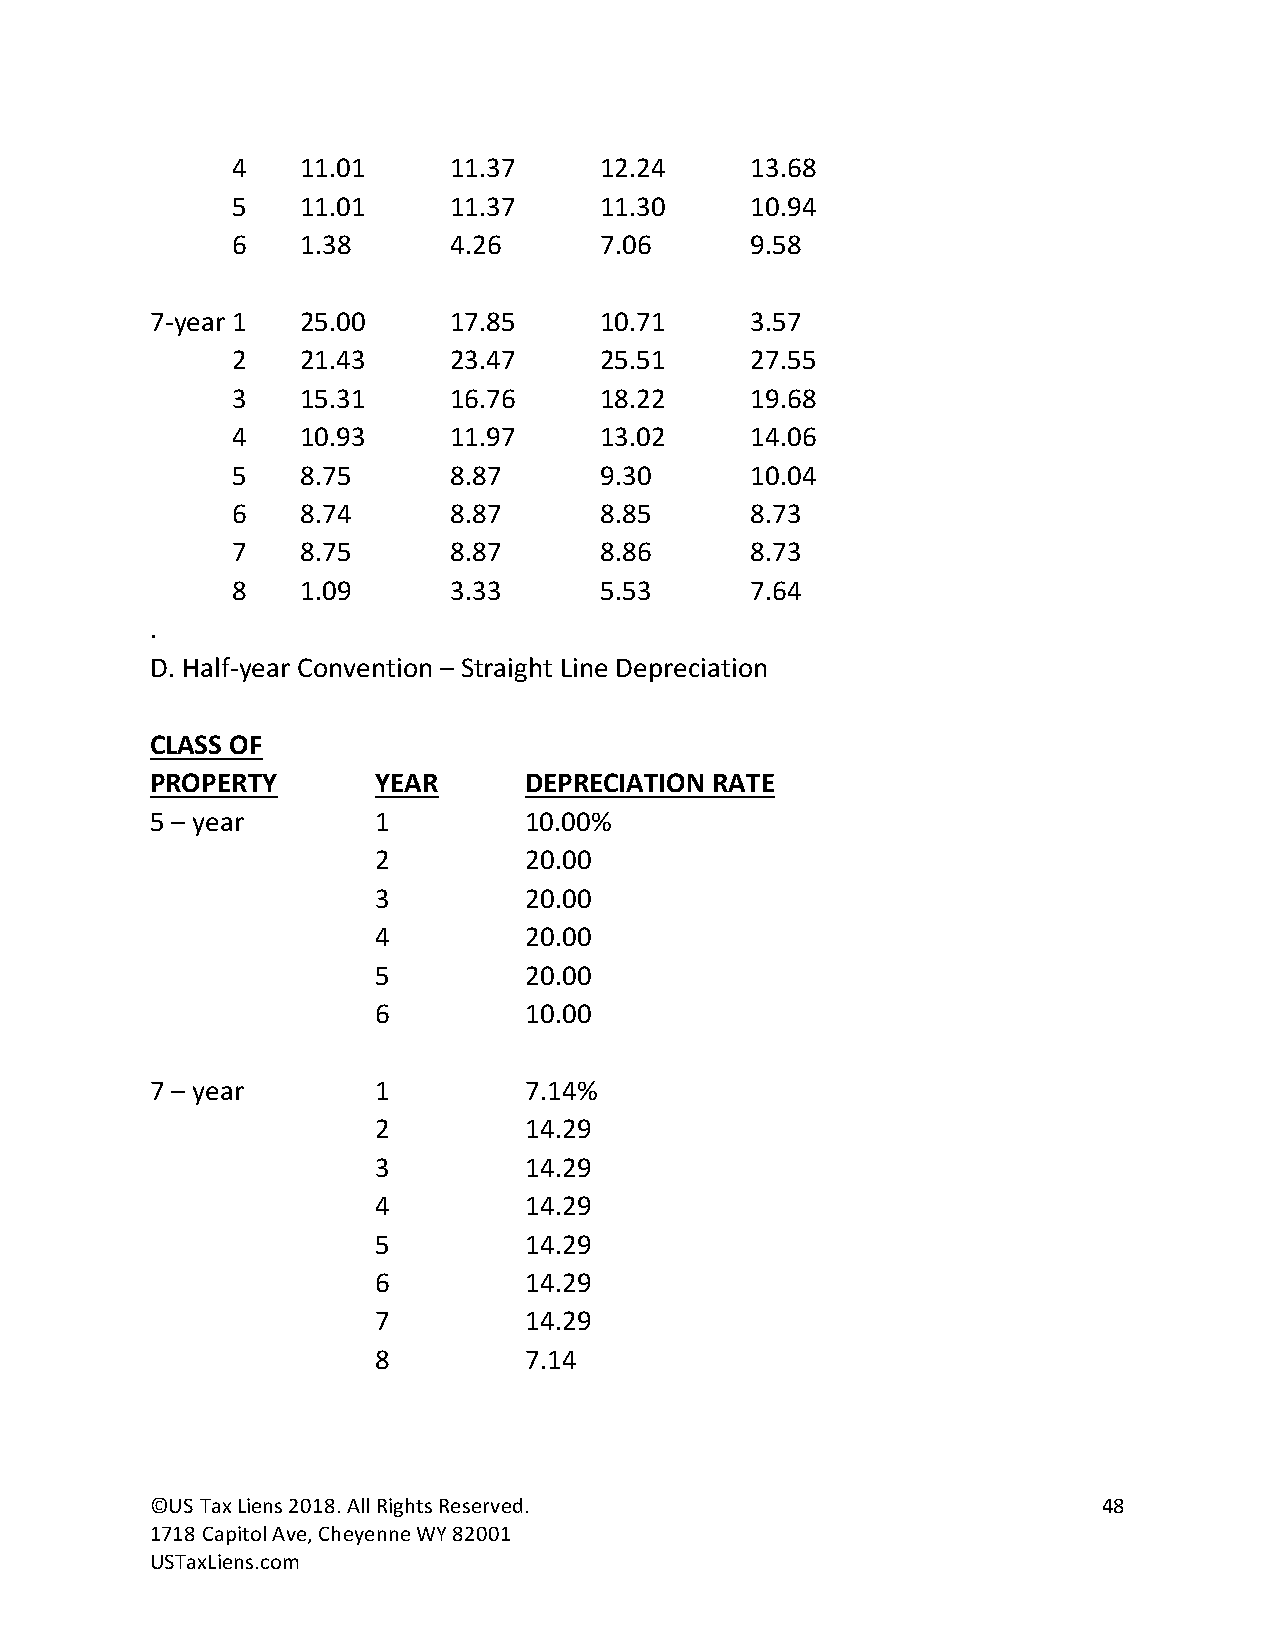
4    11.01     11.37     12.24     13.68
 5    11.01     11.37     11.30     10.94
 6    1.38      4.26      7.06      9.58
 7-year 1  25.00     17.85     10.71     3.57
 2    21.43     23.47     25.51     27.55
 3    15.31     16.76     18.22     19.68
 4    10.93     11.97     13.02     14.06
 5    8.75      8.87      9.30      10.04
 6    8.74      8.87      8.85      8.73
 7    8.75      8.87      8.86      8.73
 8    1.09      3.33      5.53      7.64
 .
 D. Half-year Convention – Straight Line Depreciation
 CLASS OF
 PROPERTY       YEAR      DEPRECIATION RATE
 5 – year       1         10.00%
 2         20.00
 3         20.00
 4         20.00
 5         20.00
 6         10.00
 7 – year       1         7.14%
 2         14.29
 3         14.29
 4         14.29
 5         14.29
 6         14.29
 7         14.29
 8         7.14
 ©US Tax Liens 2018. All Rights Reserved.                       48
 1718 Capitol Ave, Cheyenne WY 82001
 USTaxLiens.com